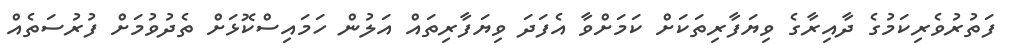
ފަތުރުވެރިކަމުގެ ދާއިރާގެ ވިޔަފާރިތަކަށް ކަމަށްވާ އެފަދަ ވިޔަފާރިތައް އަލުން ހަމައިސްކޮޅަށް ތެދުވުމަށް ފުރުސަތެއް